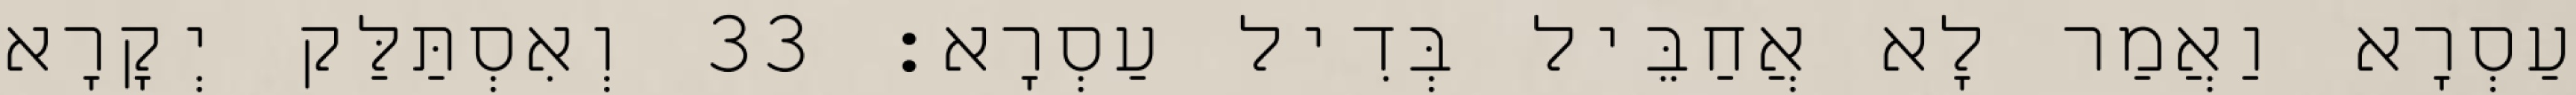
עַסְרָא וַאֲמַר לָא אֲחַבֵּיל בְּדִיל עַסְרָא׃ 33 וְאִסְתַּלַּק יְקָרָא